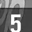
Digit: 5